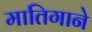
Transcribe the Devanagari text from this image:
मातिगाने